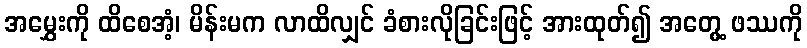
အမွှေးကို ထိစေအံ့၊ မိန်းမက လာထိလျှင် ခံစားလိုခြင်းဖြင့် အားထုတ်၍ အတွေ့ ဖဿကို